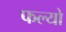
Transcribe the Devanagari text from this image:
फल्‍यो